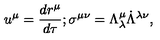
u ^ { \mu } = { \frac { d r ^ { \mu } } { d \tau } } ; \sigma ^ { \mu \nu } = \Lambda _ { \lambda } ^ { \mu } \dot { \Lambda } ^ { \lambda \nu } ,